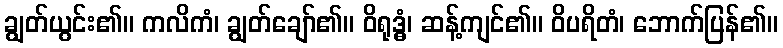
ချွတ်ယွင်း၏။ ကလိကံ၊ ချွတ်ချော်၏။ ဝိရုဒ္ဓံ၊ ဆန့်ကျင်၏။ ဝိပရိတံ၊ ဘောက်ပြန်၏။